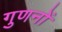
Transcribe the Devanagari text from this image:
गुणनों